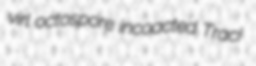
virl octospore incoacted Traci